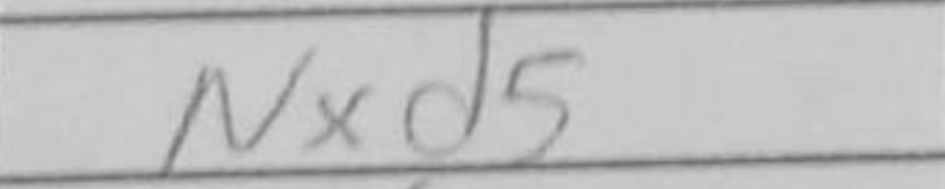
Transcription: Nxd5